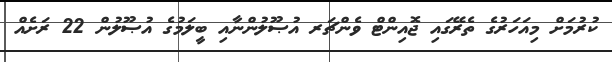
ކުރުމަށް މިއަހަރުގެ ތެރޭގައި ޖޮއިންޓް ވެންޗަރ އުޞޫލުންނާއި ބީލަމުގެ އުޞޫލުން 22 ރަށެއް